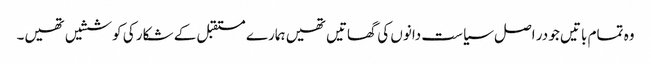
وہ تمام باتیں جو در اصل سیاست دانوں کی گھاتیں تھیں ہمارے مستقبل کے شکار کی کوششیں تھیں۔